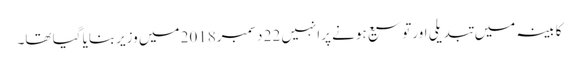
کابینہ میں تبدیلی اورتوسیع ہونے پرانہیں 22 دسمبر2018 میں وزیربنایا گیا تھا۔